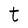
Character: t